Lunatic asylums United Prov. 1922-30 - 1922-1930
Year: 1922
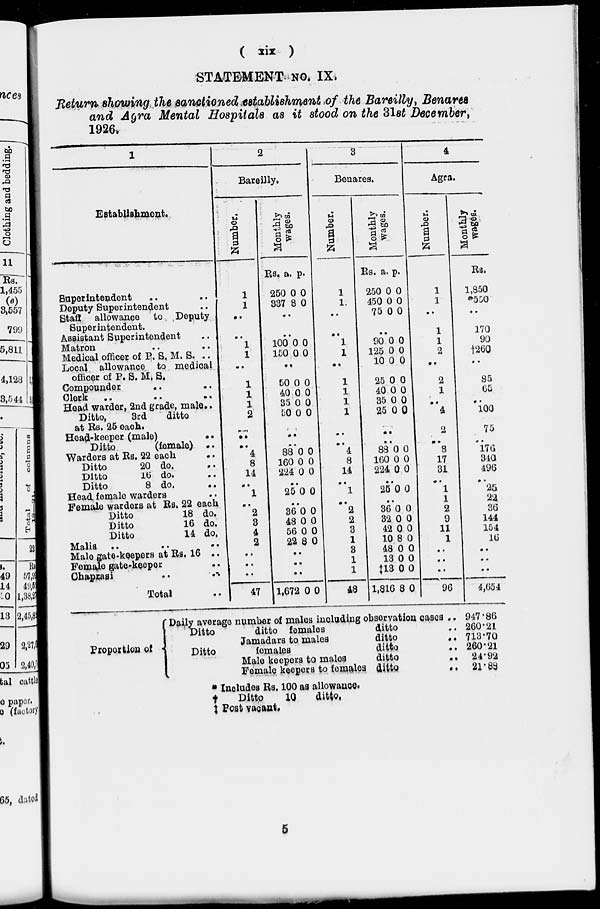
( xix )
STATEMENT NO. IX.
Return showing the sanctioned establishment of the Bareilly, Benares
and Agra Mental Hospitals as it stood on the 31st December,
1926.
1
Establishment.
Superintendent .. ..
Deputy Superintendent ..
Staff allowance to Deputy
Superintendent.
Assistant Superintendent ..
Matron .. ..
Medical officer of P. S. M. S. ..
Local allowance to medical
officer of P. S. M. S.
Compounder .. ..
Clerk .. .. ..
Head warder, 2nd grade, male..
Ditto,
3rd
ditto
at Rs. 25 each.
Head-keeper (male)
..
Ditto
(female)
..
Warders at Rs. 22 each
..
Ditto
20 do. ..
Ditto
16
do. ..
Ditto
8 do.
..
Head female warders ..
Female warders at Rs. 22 each
Ditto
18 do.
Ditto
16 do.
Ditto
14 do.
Malis
..
..
..
Male gate-keepers at Rs. 16 ..
Female gate-keeper ..
Chaprasi
..
..
Total ..
2
Bareilly.
Number.
1
1
..
..
1
1
..
1
1
1
2
..
..
4
8
14
..
1
..
2
3
4
2
..
..
..
47
Monthly
wages.
Rs. a.
250
337
p.
0
8
0
0
..
..
100
150
0
0
0
0
..
50
40
35
50
0
0
0
0
0
0
0
0
..
..
88
160
224
0
0
0
0
0
0
..
25 0 0
..
36
48
56
22
0
0
0
8
0
0
0
0
..
..
..
1,672
0
0
3
Benares.
Number.
1
1
..
..
1
1
..
1
1
1
1
..
..
4
8
14
..
1
..
2
2
3
1
3
1
1
48
Monthly
wages.
Rs. a.
250
450
75
p.
0
0
0
..
0
0
0
..
90
125
10
25
40
35
25
0
0
0
0
0
0
0
0
0
0
0
0
0
0
..
..
88
160
224
0
0
0
0
0
0
..
25 0 0
..
36
32
42
10
48
13
‡13
1,816
0
0
0
8
0
0
0
8
0
0
0
0
0
0
0
0
4
Agra.
Number.
1
1
..
1
1
2
..
2
1
..
4
2
..
3
17
31
..
1
1
2
9
11
1
..
..
..
96
Monthly
wages.
Rs.
1,850
*550
..
170
90
†260
..
85
65
..
100
75
..
176
340
496
..
25
22
36
144
154
16
..
..
..
4,654
Proportion of
Daily average number of males including observation cases ..
Ditto
ditto females
ditto ..
Jamadars to males
ditto
..
Ditto
females
ditto ..
Male keepers to
males
ditto
..
Female keepers to females ditto
..
947.86
260.21
713.70
260.21
24.92
21.88
* Includes Rs. 100 as allowance.
†
Ditto
10
ditto.
‡ Post vacant.
5